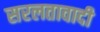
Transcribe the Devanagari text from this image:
सरलतावादी